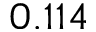
0 . 1 1 4